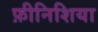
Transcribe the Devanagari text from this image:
फ़ीनिशिया